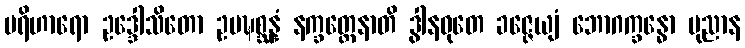
ပရိဟာရော ဥဒ္ဒေါသိတော ဥပဍ္ဎစ္ဆန္နံ နက္ခတ္တေနာတိ ဒွါနဝုတေ ခဇ္ဇေယျံ ဘောဂက္ခန္ဓော ပုညာန